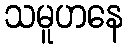
သမူဟနေ